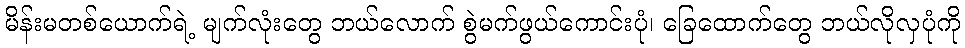
မိန်းမတစ်ယောက်ရဲ့ မျက်လုံးတွေ ဘယ်လောက် စွဲမက်ဖွယ်ကောင်းပုံ၊ ခြေထောက်တွေ ဘယ်လိုလှပုံကို